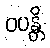
ဝပန္တိ